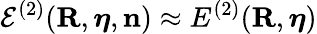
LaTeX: {\cal E}^{(2)}({\mathbf R},{\boldsymbol\eta},{\mathbf n})\approx E^{(2)}({\mathbf R},{\boldsymbol\eta})